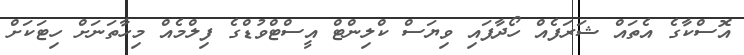
އޮސްކާގެ އެތައް ޝަރަފެއް ހޯދާފައި ވިޔަސް ކްލިންޓް އީސްޓްވުޑްގެ ފިލްމެއް މިހާތަނަށް ހިޓަކަށް